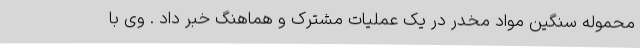
محموله سنگین مواد مخدر در یک عملیات مشترک و هماهنگ خبر داد . وی با